Report on vaccination in Madras 1904-1921 - 1904-1921
Year: 1904
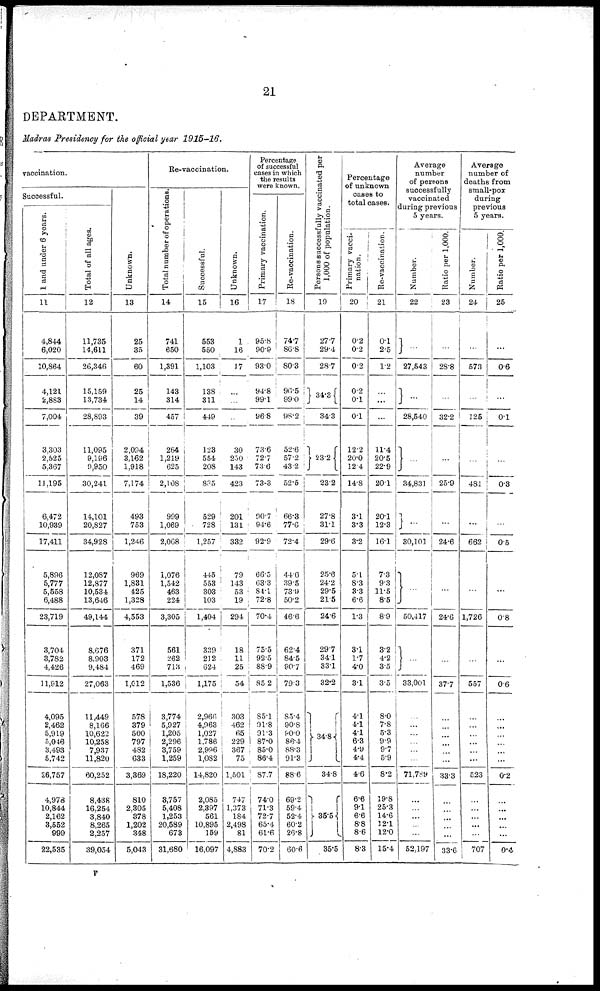
21
DEPARTMENT.
Madras Presidency for the official year 1915-16.
vaccination.
Successful.
1 and under 6 years.
11
4,844
6,020
10,864
4,121
2,883
7,004
3,303
2,525
5,367
11,195
6,472
10,939
17,411
5,896
5,777
5,558
6,488
23,719
3,704
3,782
4,426
11,912
4,095
2,462
5,919
5,046
3,493
5,742
26,757
4,978
10,844
2,162
3,552
999
22,535
Total of all ages.
12
11,735
14,611
26,346
15,159
13,734
28,893
11,095
9,196
9,950
30,241
14,101
20,827
34,928
12,087
12,877
10,534
13,646
49,144
8,676
8,903
9,484
27,063
11,449
8,166
10,622
10,258
7,937
11,820
60,252
8,438
16,254
3,840
8,265
2,257
39,054
Unknown.
13
25
35
60
25
14
39
2,094
3,162
1,918
7,174
493
753
1,246
969
1,831
425
1,328
4,553
371
172
469
1,012
578
379
500
797
482
633
3,369
810
2,305
378
1,202
348
5,043
Re-vaccination.
Total number of operations
14
741
650
1,391
143
314
457
264
1,219
625
2,108
999
1,069
2,068
1,076
1,542
463
224
3,305
561
262
713
1,536
3,774
5,927
1,205
2,296
3,759
1,259
18,220
3,757
5,408
1,253
20,589
673
31,680
Successful.
15
553
550
1,103
138
311
449
123
554
208
885
529
728
1,257
445
553
303
103
1,404
339
212
624
1,175
2,966
4,963
1,027
1,786
2,996
1,082
14,820
2,085
2,397
561
10,895
159
16,097
Unknown.
16
1
16
17
...
...
...
30
250
143
423
201
131
332
79
143
53
19
294
18
11
25
54
303
462
65
229
367
75
1,501
747
1,373
184
2,498
81
4,883
Percentage
of successful
cases in which
the results
were known.
Primary vaccination.
17
95.8
90.9
93.0
94.8
99.1
96.8
73.6
72.7
73.6
73.3
90.7
94.6
92.9
66.5
63.3
84.1
72.8
70.4
75.5
92.5
88.9
85.2
85.1
91.8
91.3
87.0
85.0
86.4
87.7
74.0
71.3
72.7
65.4
61.6
70.2
Re-vaccination.
18
74.7
86.8
80.3
96.5
99.0
98.2
52.6
57.2
43.2
52.5
66.3
77.6
72.4
44.6
39.5
73.9
50.2
46.6
62.4
84.5
90.7
79.3
85.4
90.8
90.0
86.4
88.3
91.3
88.6
69.2
59.4
52.4
60.2
26.8
60.6
Persons successfully vaccinated per
1,000 of population.
19
27.7
29.4
28.7
34.3
34.3
23.2
23.2
27.8
31.1
29.6
25.6
24.2
29.5
21.5
24.6
29.7
34.1
33.1
32.2
34.8
34.8
35.5
35.5
Percentage
of unknown
cases to
total cases.
Primary vacci-
nation.
20
0.2
0.2
0.2
0.2
0.1
0.1
12.2
20.0
12.4
14.8
3.1
3.3
3.2
5.1
8.3
3.3
6.6
1.3
3.1
1.7
4.0
3.1
4.1
4.1
4.1
6.3
4.9
4.4
4.6
6.6
9.1
6.6
8.8
8.6
8.3
Re-vaccination.
21
0.1
2.5
1.2
...
...
...
11.4
20.5
22.9
20.1
20.1
12.3
16.1
7.3
9.3
11.5
8.5
8.9
3.2
4.2
3.5
3.5
8.0
7.8
5.3
9.9
9.7
5.9
8.2
19.8
25.3
14.6
12.1
12.0
15.4
Average
number
of persons
successfully
vaccinated
during previous
5 years.
Number.
22
...
27,543
...
28,540
...
34,831
...
30,101
...
50,417
...
33,001
...
...
...
...
...
...
71,789
...
...
...
...
...
52,197
Ratio per 1,000.
23
...
28.8
...
32.2
...
25.9
...
24.6
...
24.6
...
37.7
...
...
...
...
...
...
33.3
...
...
...
...
...
33.6
Average
number of
deaths from
small-pox
during
previous
5 years.
Number.
24
...
573
...
125
...
481
...
662
...
1,726
...
557
...
...
...
...
...
...
523
...
...
...
...
...
707
Ratio per 1,000.
25
...
0.6
...
0.1
...
0.3
...
0.5
...
0.8
...
0.6
...
...
...
...
...
...
0.2
...
...
...
...
...
0.4
F